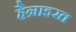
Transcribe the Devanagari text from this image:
हैन्राइख